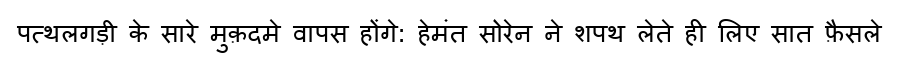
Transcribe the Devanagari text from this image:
पत्थलगड़ी के सारे मुक़दमे वापस होंगे: हेमंत सोरेन ने शपथ लेते ही लिए सात फ़ैसले